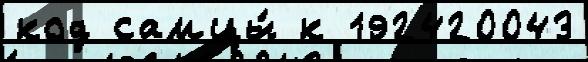
код самцы́ к 192420043